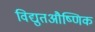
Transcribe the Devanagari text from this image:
विद्युतऔष्णिक